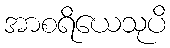
အာစရိယေသုပိ